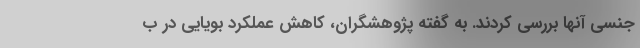
جنسی آنها بررسی کردند. به گفته پژوهشگران، کاهش عملکرد بویایی در ب